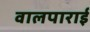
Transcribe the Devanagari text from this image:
वालपाराई